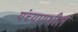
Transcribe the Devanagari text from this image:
यंच्यामधील